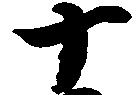
十